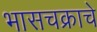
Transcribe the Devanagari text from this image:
भासचक्राचे